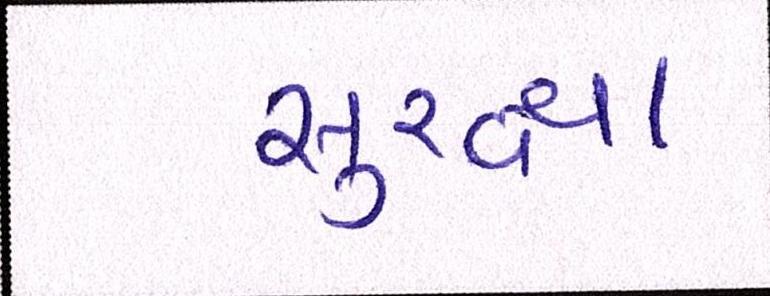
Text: સુરક્ષા